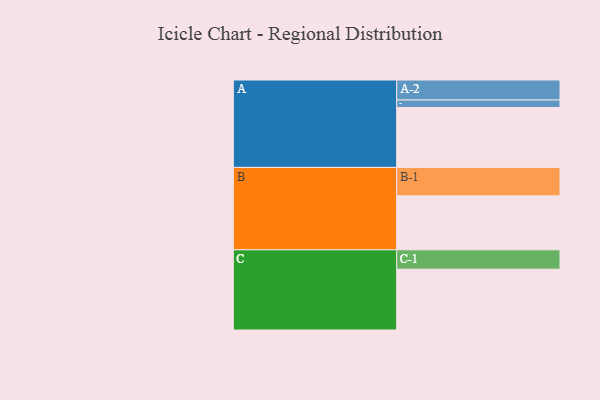
{"axis": {"x": "Segment", "y": "Value"}, "legend": ["", "A", "B", "C"], "data": [{"x": "A", "y": 498, "type": ""}, {"x": "B", "y": 448, "type": ""}, {"x": "C", "y": 505, "type": ""}, {"x": "A-1", "y": 62, "type": "A"}, {"x": "A-2", "y": 166, "type": "A"}, {"x": "B-1", "y": 236, "type": "B"}, {"x": "C-1", "y": 161, "type": "C"}]}